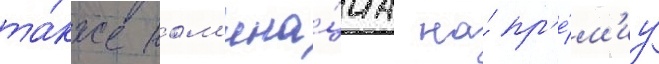
та́кже ном'ина́циа на́ пр'е́м'иу